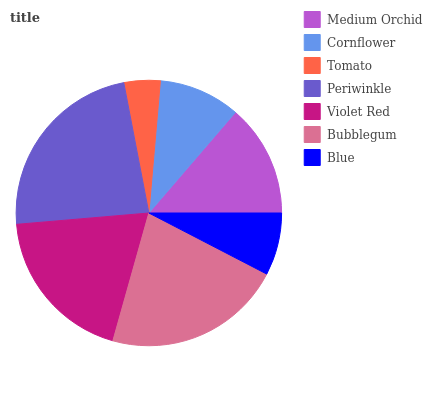
| Medium Orchid | Cornflower | Tomato | Periwinkle | Violet Red | Bubblegum | Blue |
 | --- | --- | --- | --- | --- | --- | --- |
 | 13.7% | 9.91% | 4.4% | 23.4% | 19.2% | 21.8% | 7.6% |